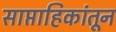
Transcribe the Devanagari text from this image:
साप्ताहिकांतून